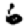
Digit: 6